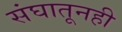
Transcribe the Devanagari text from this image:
संघातूनही